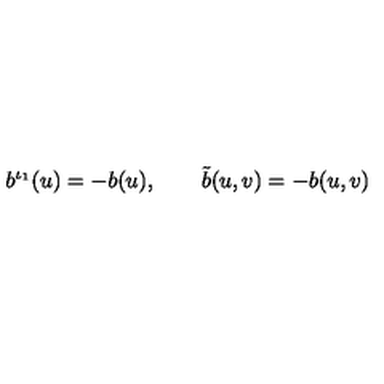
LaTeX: b ^ { \iota _ { 1 } } ( u ) = - b ( u ) , \qquad \tilde { b } ( u , v ) = - b ( u , v )